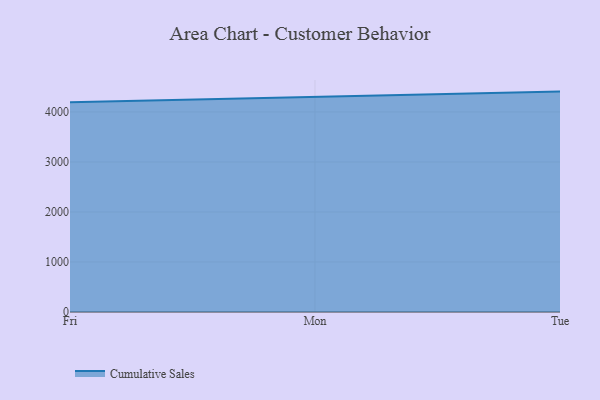
{"axis": {"x": "Day", "y": "Bounce Rate (%)"}, "legend": ["Cumulative Sales"], "data": [{"x": "Fri", "y": 4195.5, "type": "Cumulative Sales"}, {"x": "Mon", "y": 4305.6, "type": "Cumulative Sales"}, {"x": "Tue", "y": 4407.6, "type": "Cumulative Sales"}]}